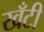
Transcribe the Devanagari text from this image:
खँटी